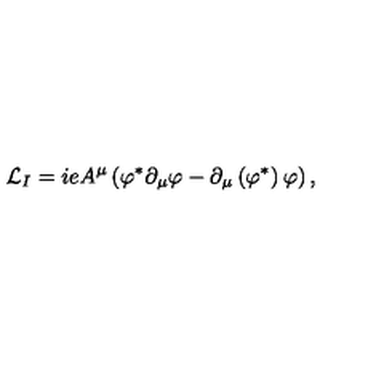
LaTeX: { \cal L } _ { I } = i e A ^ { \mu } \left( \varphi ^ { \ast } \partial _ { \mu } \varphi - \partial _ { \mu } \left( \varphi ^ { \ast } \right) \varphi \right) ,